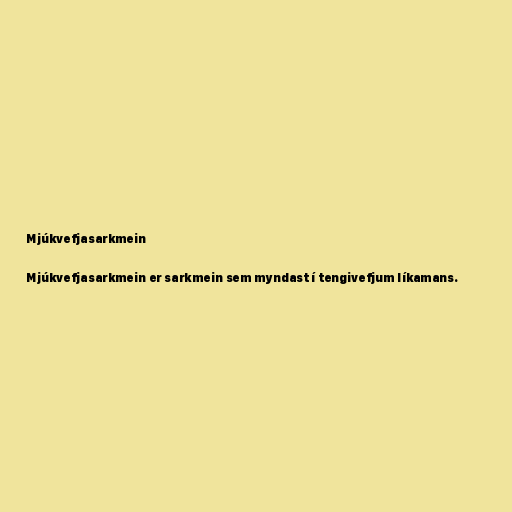
Mjúkvefjasarkmein

Mjúkvefjasarkmein er sarkmein sem myndast í tengivefjum líkamans.